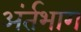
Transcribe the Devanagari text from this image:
अंर्तभाग